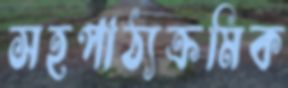
সহপাঠ্যক্রমিক